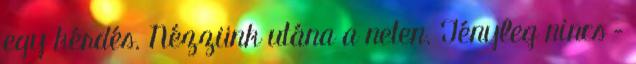
egy kérdés. Nézzünk utána a neten. Tényleg nincs –